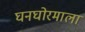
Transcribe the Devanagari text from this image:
घनघोरमाला